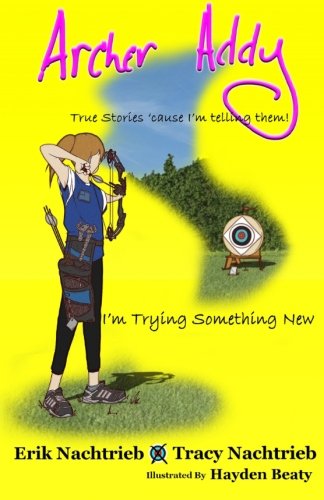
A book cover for Archer Addy: Trying Something New (Archer Addy, The True Life Adventures) (Volume 1); Erik Nachtrieb; Children's Books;